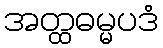
အတ္ထဓမ္မပဒံ